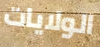
الولايات